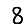
Digit: 8